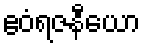
ဧဝံရဇနီယော